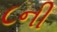
૮ની